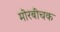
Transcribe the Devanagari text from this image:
मोरबीचक